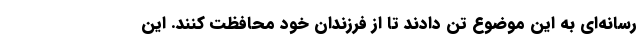
رسانه‌ای به این موضوع تن دادند تا از فرزندان خود محافظت کنند. این